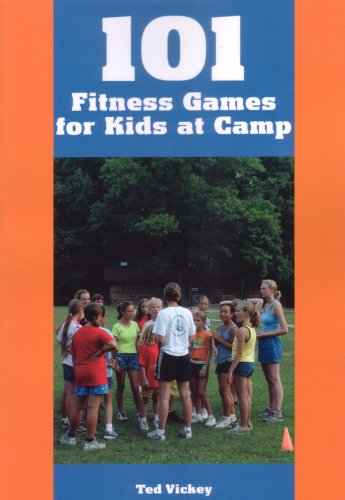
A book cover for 101 Fitness Games for Kids at Camp; Health, Fitness & Dieting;